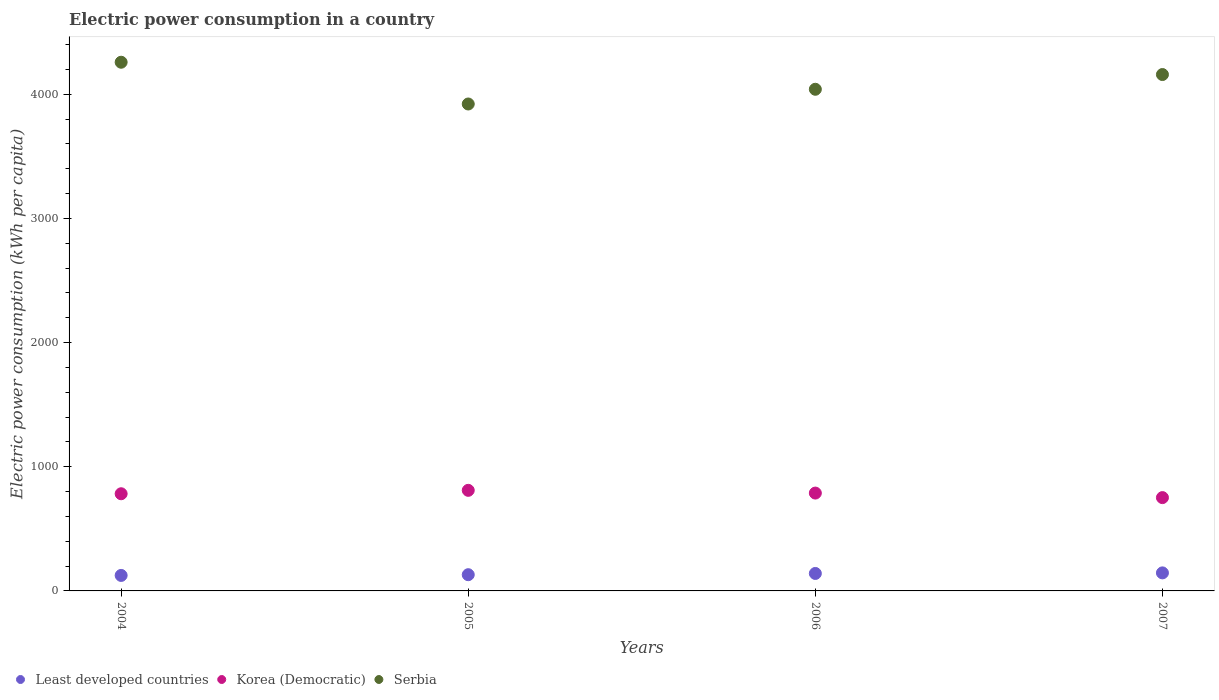
| Years | Least developed countries | Korea (Democratic) | Serbia |
 | --- | --- | --- | --- |
 | 2004 | 125 | 783 | 4.26e+03 |
 | 2005 | 131 | 810 | 3.92e+03 |
 | 2006 | 141 | 788 | 4.04e+03 |
 | 2007 | 145 | 752 | 4.16e+03 |